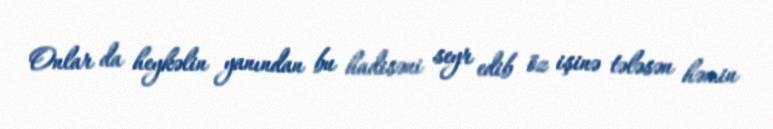
Onlar da heykəlin yanından bu hadisəni seyr edib öz işinə tələsən həmin